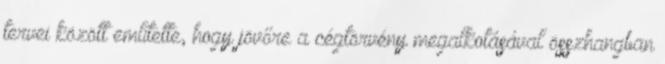
tervei között említette, hogy jövőre a cégtörvény megalkotásával összhangban